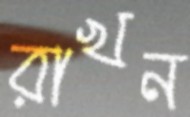
রাখন